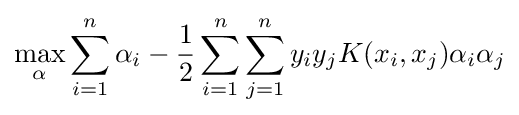
\max _{\alpha }\sum _{i=1}^{n}\alpha _{i}-{\frac {1}{2}}\sum _{i=1}^{n}\sum _{j=1}^{n}y_{i}y_{j}K(x_{i},x_{j})\alpha _{i}\alpha _{j}